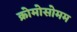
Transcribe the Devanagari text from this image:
क्रोमोसोमम